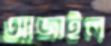
আজাইল